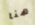
هنا